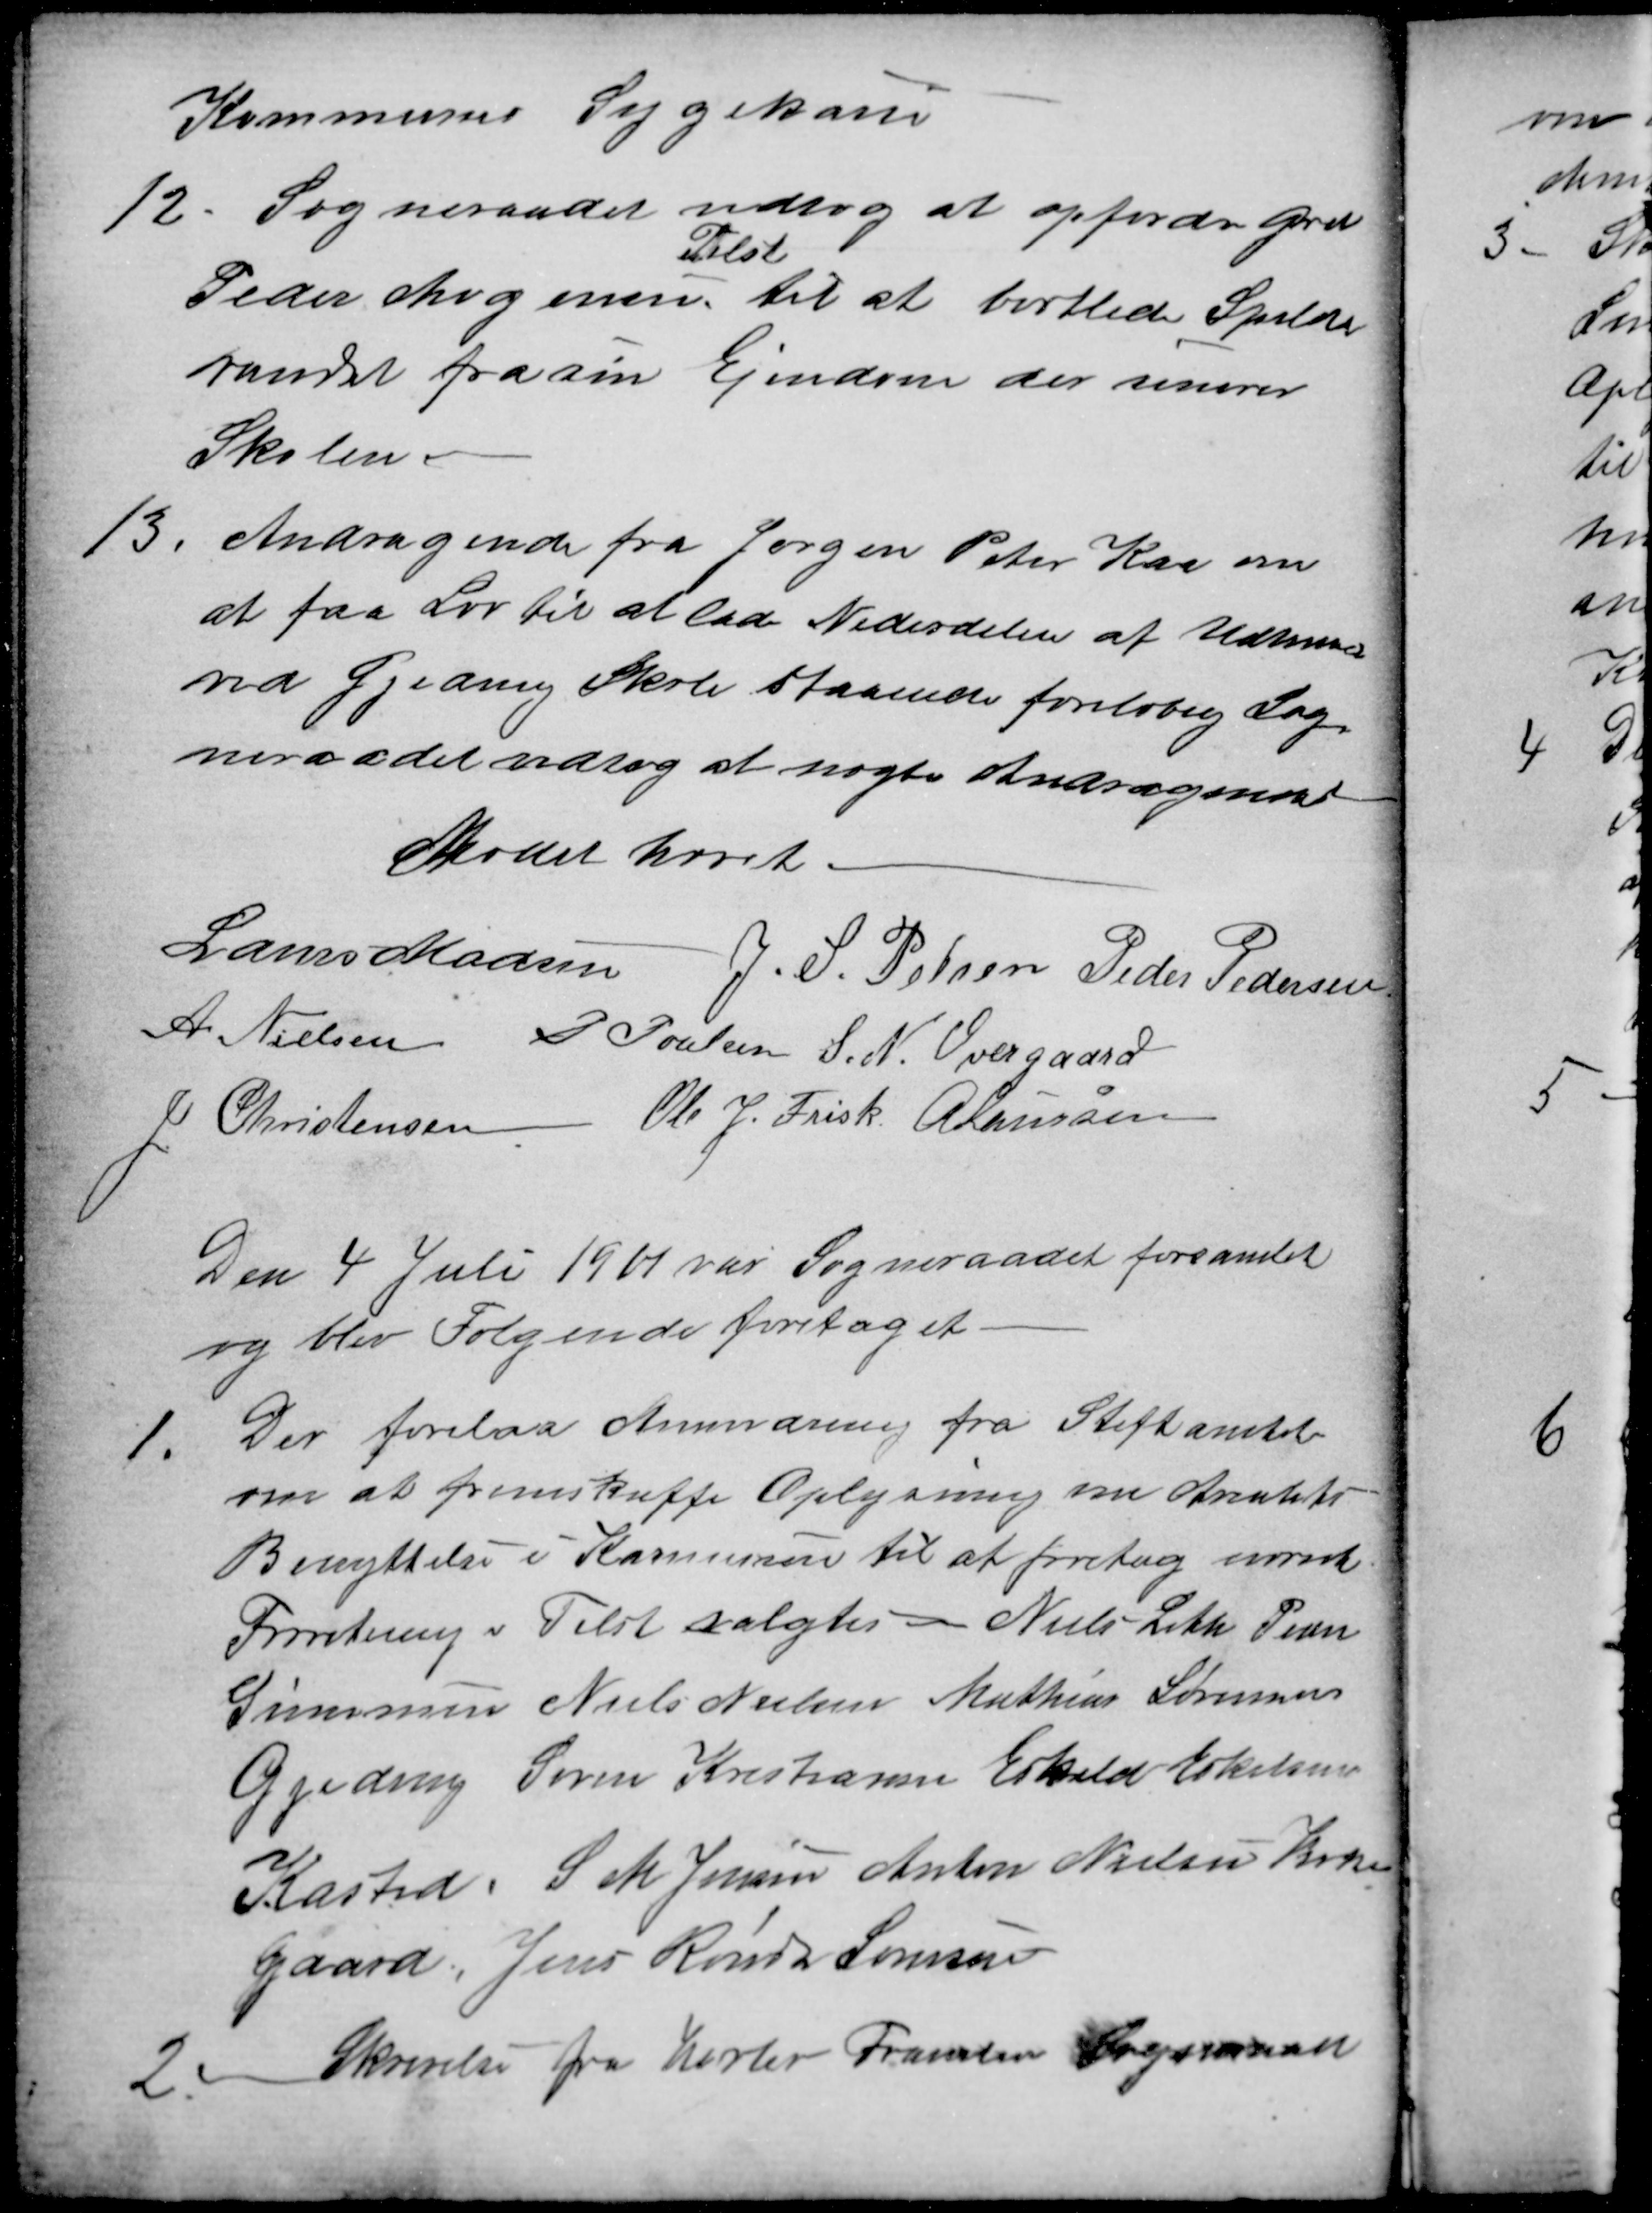
Transskription:
Kommunes Sygekasse
12
Sogneraadet vedtog at opfordre Grd
Peder Mogensen 
Tilst
til at bortlede Spilde
vandet fra sin Ejendom der senerer
Skolen.
13
Andragende fra Jørgen Peter Kaa om
at faa Lov til at lade Nederdelen af Udhuset
ved Gjeding Skole staaende foreløbig Sog-
neraadet vedtog at nægte Andragendet
Mødet hævet.
Laurs Madsen J. S. Pelsen Peder Pedersen
A. Nielsen P Poulsen S. N. Overgaard
J Christensen Ole J. Frisk. A Laursen
Den 4 Juli 1901 var Sogneraadet forsamlet
og blev Følgende foretaget.
1
Der forelaa Anmodning fra Stiftamtet
om at fremskaffe Oplysning om Arealets
Benyttelse i Kommunen til at foretag nævnte
Forretning i Tilst valgtes Niels Leth Peder
Simonsen Niels Nielsen Mathias Sørensen
Gjeding Søren Kristiansen Eskild Eskilsen
Kasted. S. M. Jensen Anton Nielsen Kirke-
gaard, Jens Rønde Sørensen
2
Skrivelse fra Harlev Framlev Sogneraad